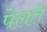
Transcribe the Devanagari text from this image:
पेलते